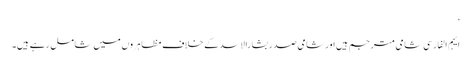
‘
ایہم الفارسی شامی مترجم ہیں اور شامی صدر بشارالاسد کے خلاف مظاہروں میں شامل رہے ہیں۔